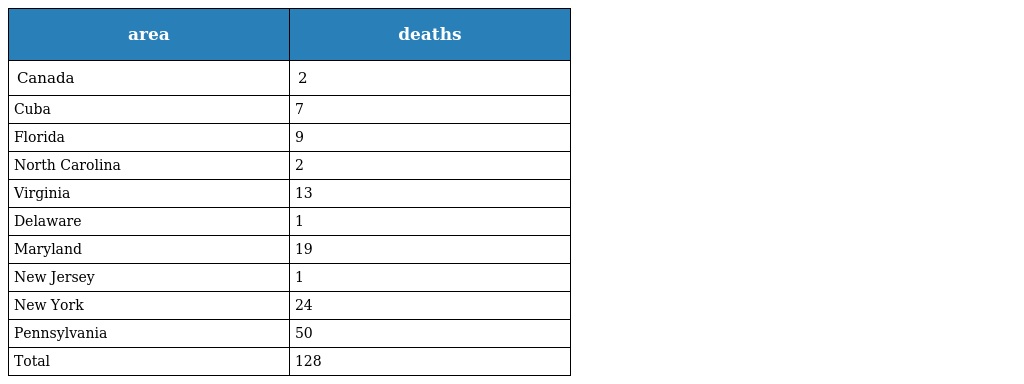
| area | deaths |
 | --- | --- |
 | Canada | 2 |
 | Cuba | 7 |
 | Florida | 9 |
 | North Carolina | 2 |
 | Virginia | 13 |
 | Delaware | 1 |
 | Maryland | 19 |
 | New Jersey | 1 |
 | New York | 24 |
 | Pennsylvania | 50 |
 | Total | 128 |